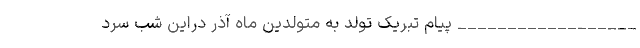
__________________ پیام تبریک تولد به متولدین ماه آذر دراین شب سرد